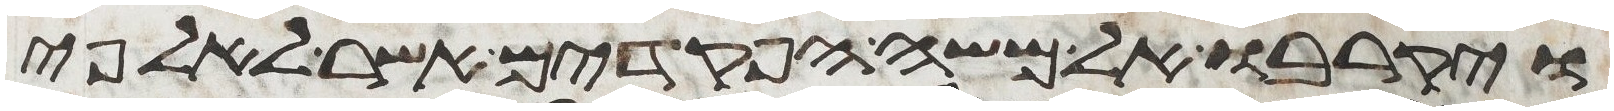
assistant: ויקרבו אל משה הפקדים אשר לאלפי